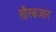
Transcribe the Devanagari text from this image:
सौरबजार